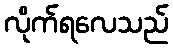
လိုက်ရလေသည်